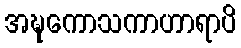
အဍ္ဎကောသကာဟာရာပိ